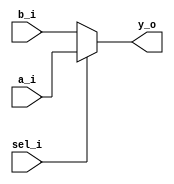

module day2(
  input wire [3:0] a_i,
  input wire [3:0] b_i,
  input wire sel_i,
  output wire [3:0] y_o
);
  
  assign y_o = sel_i ? a_i: b_i;
  
endmodule